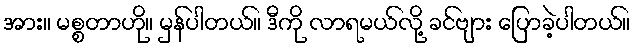
အား။ မစ္စတာဟို။ မှန်ပါတယ်။ ဒီကို လာရမယ်လို့ ခင်ဗျား ပြောခဲ့ပါတယ်။